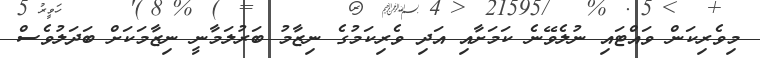
މިވެރިކަން ވައްޓައި ނުލެވޭނެ ކަމަށާއި އަދި ވެރިކަމުގެ ނިޒާމު ބަރުލަމާނީ ނިޒާމަކަށް ބަދަލުވެސް